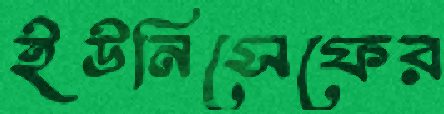
ইউনিসেফের